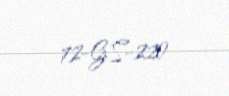
72-GS-220